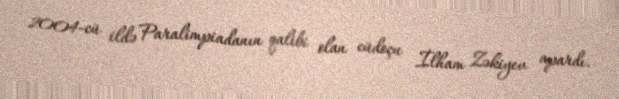
2004-cü ildə Paralimpiadanın qalibi olan cüdoçu İlham Zəkiyev apardı.